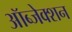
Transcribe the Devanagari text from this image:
ऑब्जेक्शन